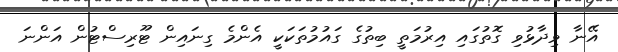
އޭނާ ވިދާޅުވި ގޮތުގައި އިރުމަތީ ބިތުގެ ގައުމުތަކަކީ އެންމެ ގިނައިން ޓޫރިސްޓުން އަންނަ